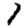
Digit: 1